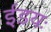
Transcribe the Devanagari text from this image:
ईडयः